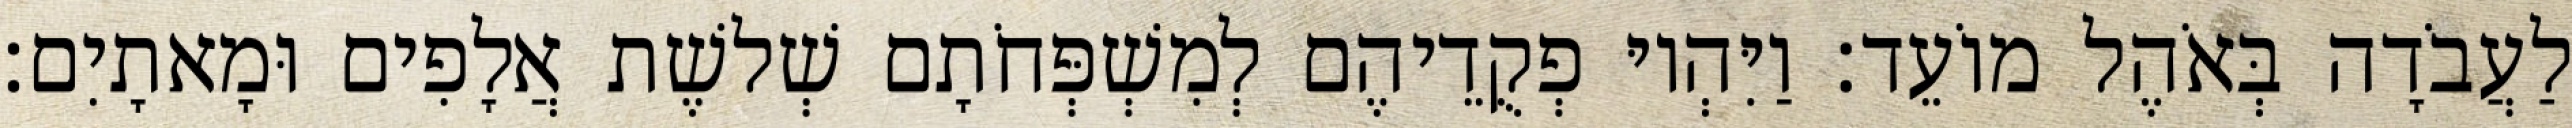
לַעֲבֹדָה בְּאֹהֶל מוֹעֵד׃ וַיִּהְיוּ פְקֻדֵיהֶם לְמִשְׁפְּחֹתָם שְׁלשֶׁת אֲלָפִים וּמָאתָיִם׃